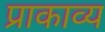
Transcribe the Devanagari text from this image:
प्राकाव्य